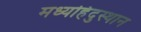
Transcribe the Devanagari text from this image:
मध्यहिंदुस्थान